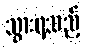
သွားရသည့်